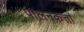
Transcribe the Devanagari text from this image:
पालनकर्त्ता